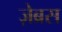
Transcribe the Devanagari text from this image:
ज़ेब्रस